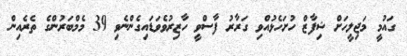
ގައުމީ މަޖިލީހަށް ޝިފާޒް ހުށަހެޅުއްވި ގަރާރު ފާސްވީ ހާޒިރުވެވަޑައިގެންނެވި 39 މެމްބަރުންގެ ތެރެއިން